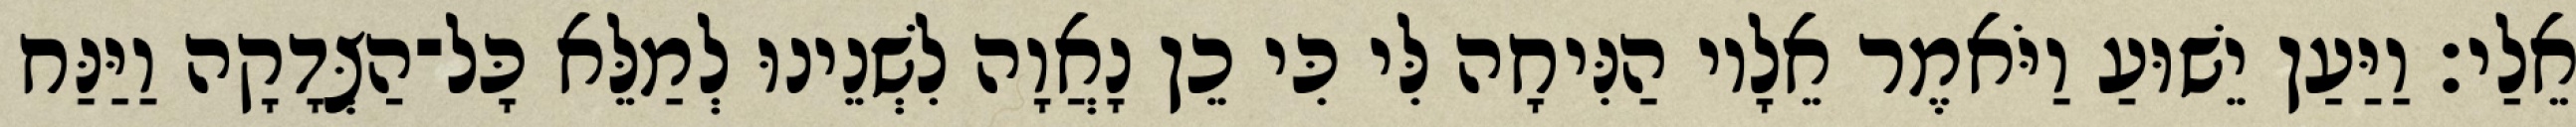
אֵלַי׃ וַיַּעַן יֵשׁוּעַ וַיֹּאמֶר אֵלָיו הַנִּיחָה לִּי כִּי כֵן נָאֲוָה לִשְׁנֵינוּ לְמַלֵּא כָּל־הַצְּדָקָה וַיַּנַּח